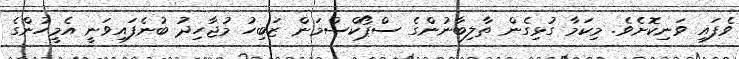
ވެފައި ވަނިކޮށެވެ. މިކަމާ ގުޅިގެން ތާލިބާނުންގެ ސްޕޯކްސްމަން ޒަބިހު މުޖާހިދު ބުނެފައިވަނީ އެމީހުންގެ